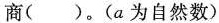
商()。(a为自然数)vvvvvvvvvvvvv